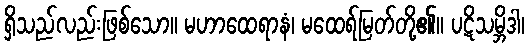
ရှိသည်လည်းဖြစ်သော။ မဟာထေရာနံ၊ မထေရ်မြတ်တို့၏။ ပဋိသမ္ဘိဒါ၊